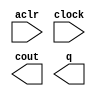
module reset_cnt (
	aclr,
	clock,
	cout,
	q);

	input	  aclr;
	input	  clock;
	output	  cout;
	output	[21:0]  q;

endmodule